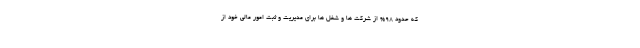
که حدود 98% از شرکت ها و شغل ها برای مدیریت و ثبت امور مالی خود از